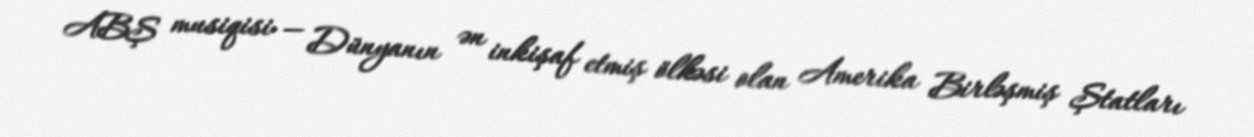
ABŞ musiqisi — Dünyanın ən inkişaf etmiş ölkəsi olan Amerika Birləşmiş Ştatları